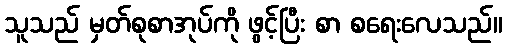
သူသည် မှတ်စုစာအုပ်ကို ဖွင့်ပြီး စာ စရေးလေသည်။